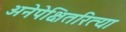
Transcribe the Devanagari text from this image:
अनेपेक्षितरित्या